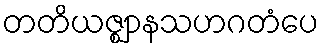
တတိယဇ္ဈာနသဟဂတံပေ